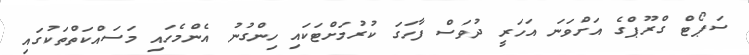
ސަޕޯޓް ގްރޫޕްގެ އަށްވަނަ އަހަރީ ދުވަސް ފާހަގަ ކުރުމަށްޓަކައި ހިންގުނު އެންމެހައި މަސައްކަތްތަކުގައި